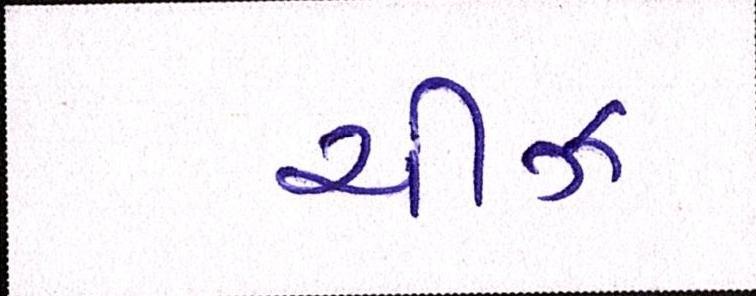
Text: ચીઝ